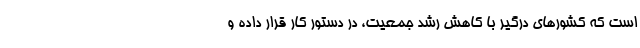
است که کشورهای درگیر با کاهش رشد جمعیت، در دستور کار قرار داده و